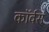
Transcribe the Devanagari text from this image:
कॉर्वस